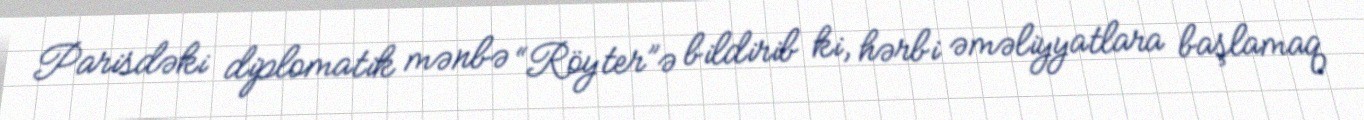
Parisdəki diplomatik mənbə “Röyter”ə bildirib ki, hərbi əməliyyatlara başlamaq